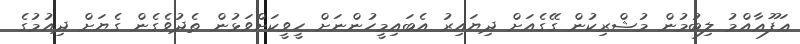
ޢަފޫޢާއްމު ލިބުމުން މުޝްރިކުން ގޭގެއަށް ދިޔައިރު އެބައިމީހުންނަށް ހީވީކަށްވަޅުން ތެދުވެގެން ގެޔަށް ދިއުމުގެ